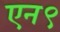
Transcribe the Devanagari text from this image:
एन९